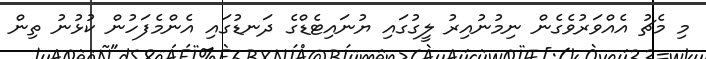
މި މެޗު އެއްވަރުވެގެން ނިމުނުއިރު ލީގުގައި ޔުނައިޓެޑްގެ ދަނޑުގައި އެންމެފަހުން ކުޅުނު ތިން